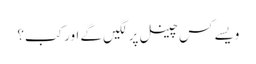
ویسے کس چینل پر لگیں گے اور کب؟